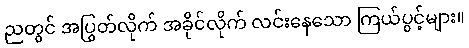
ညတွင် အပြွတ်လိုက် အခိုင်လိုက် လင်းနေသော ကြယ်ပွင့်များ။